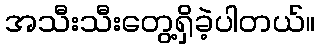
အသီးသီးတွေ့ရှိခဲ့ပါတယ်။